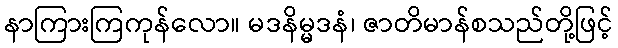
နာကြားကြကုန်လော။ မဒနိမ္မဒနံ၊ ဇာတိမာန်စသည်တို့ဖြင့်